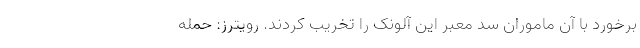
برخورد با آن ماموران سد معبر این آلونک را تخریب کردند. رویترز: حمله